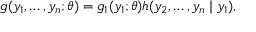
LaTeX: g ( y _ { 1 } , \dots , y _ { n } ; \theta ) = g _ { 1 } ( y _ { 1 } ; \theta ) h ( y _ { 2 } , \dots , y _ { n } \mid y _ { 1 } ) ,